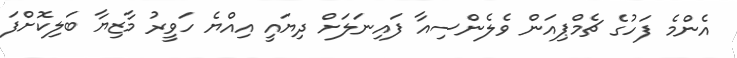
އެންމެ ފަހުގެ ޗެމްޕިއަން ވެލެންސިއާ ފައިނަލަށް ދިޔައީ އިއްޔެ ހަވީރު މާޒިޔާ ބަލިކޮށްފަ